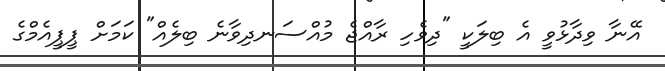
އޭނާ ވިދާޅުވީ އެ ބިލަކީ "ދިވެހި ރާއްޖެ މުއްސަނދިވާނެ ބިލެއް" ކަމަށް ޕީޕީއެމްގެ